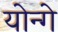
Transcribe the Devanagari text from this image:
योन्गे